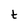
Character: t